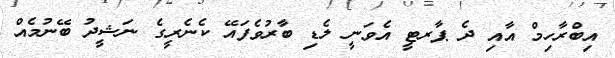
އިބްރާހިމް އާއި ދެ ޕާރޓީ އެވަނީ ލެޑި ބާރުވެފައޭ ކެނެރީގެ ނަޝީދު ބޭނުމެއް